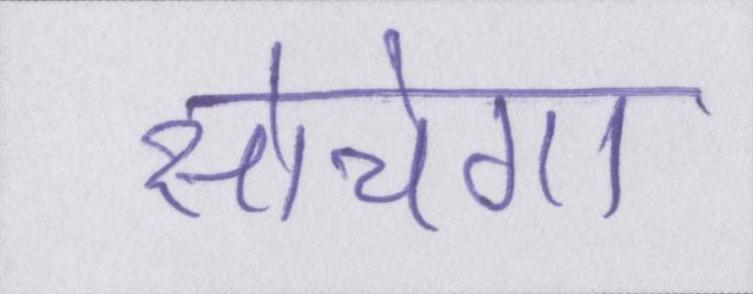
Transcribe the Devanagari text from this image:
सोचेगा